Leaving Certificate Examination (including Day School Certificate (Higher) General paper), 1927
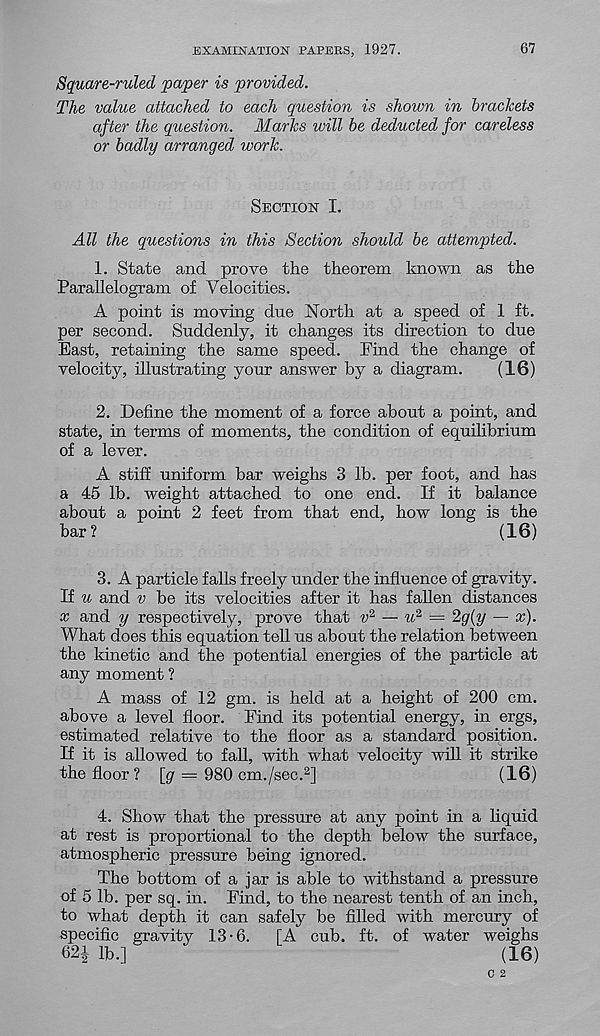
EXAMINATION PAPERS, 1927.
67
Square-ruled paper is provided.
The value attached to each question is shown in brackets
after the question. Marks will be deducted for careless
or badly arranged work.
Section I.
All the questions in this Section should be attempted.
1. State and prove the theorem known as the
Parallelogram of Velocities.
A point is moving due North at a speed of 1 ft.
per second. Suddenly, it changes its direction to due
East, retaining the same speed. Find the change of
velocity, illustrating your answer by a diagram.
(16)
2. Define the moment of a force about a point, and
state, in terms of moments, the condition of equilibrium
of a lever.
A stiff uniform bar weighs 3 lb. per foot, and has
a 45 lb. weight attached to one end. If it balance
about a point 2 feet from that end, how long is the
bar?
(16)
3. A particle falls freely under the influence of gravity.
If u and v be its velocities after it has fallen distances
x and y respectively, prove that v 2 — u 2 = 2g{y — x).
What does this equation tell us about the relation between
the kinetic and the potential energies of the particle at
any moment ?
A mass of 12 gm. is held at a height of 200 cm.
above a level floor. Find its potential energy, in ergs,
estimated relative to the floor as a standard position.
If it is allowed to fall, with what velocity will it strike
the floor? [gr — 980 cm./sec. 2 ]
(16)
4. Show that the pressure at any pomt in a liquid
at rest is proportional to the depth below the surface,
atmospheric pressure being ignored.
The bottom of a jar is able to withstand a pressure
of 5 lb. per sq. in. Find, to the nearest tenth of an inch,
to what depth it can safely be filled with mercury of
specific gravity 13-6.
[A cub. ft. of water weighs
62i lb.]
(16)